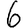
Digit: 6